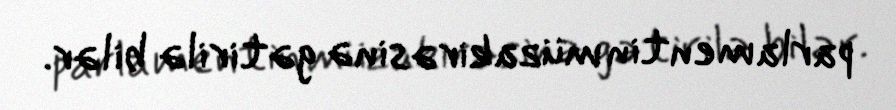
parlamentin müzakirəsinə gətirilə bilər.